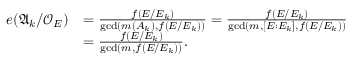
\begin{array} { r l } { e ( \mathfrak { A } _ { k } / \mathcal { O } _ { E } ) } & { = \frac { f ( E / E _ { k } ) } { \operatorname* { g c d } ( m ( A _ { k } ) , f ( E / E _ { k } ) ) } = \frac { f ( E / E _ { k } ) } { \operatorname* { g c d } ( m , [ E : E _ { k } ] , f ( E / E _ { k } ) ) } } \\ & { = \frac { f ( E / E _ { k } ) } { \operatorname* { g c d } ( m , f ( E / E _ { k } ) ) } . } \end{array}